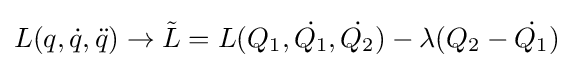
L(q,{\dot {q}},{\ddot {q}})\to {\tilde {L}}=L(Q_{1},{\dot {Q_{1}}},{\dot {Q_{2}}})-\lambda (Q_{2}-{\dot {Q_{1}}})